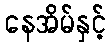
နေအိမ်နှင့်